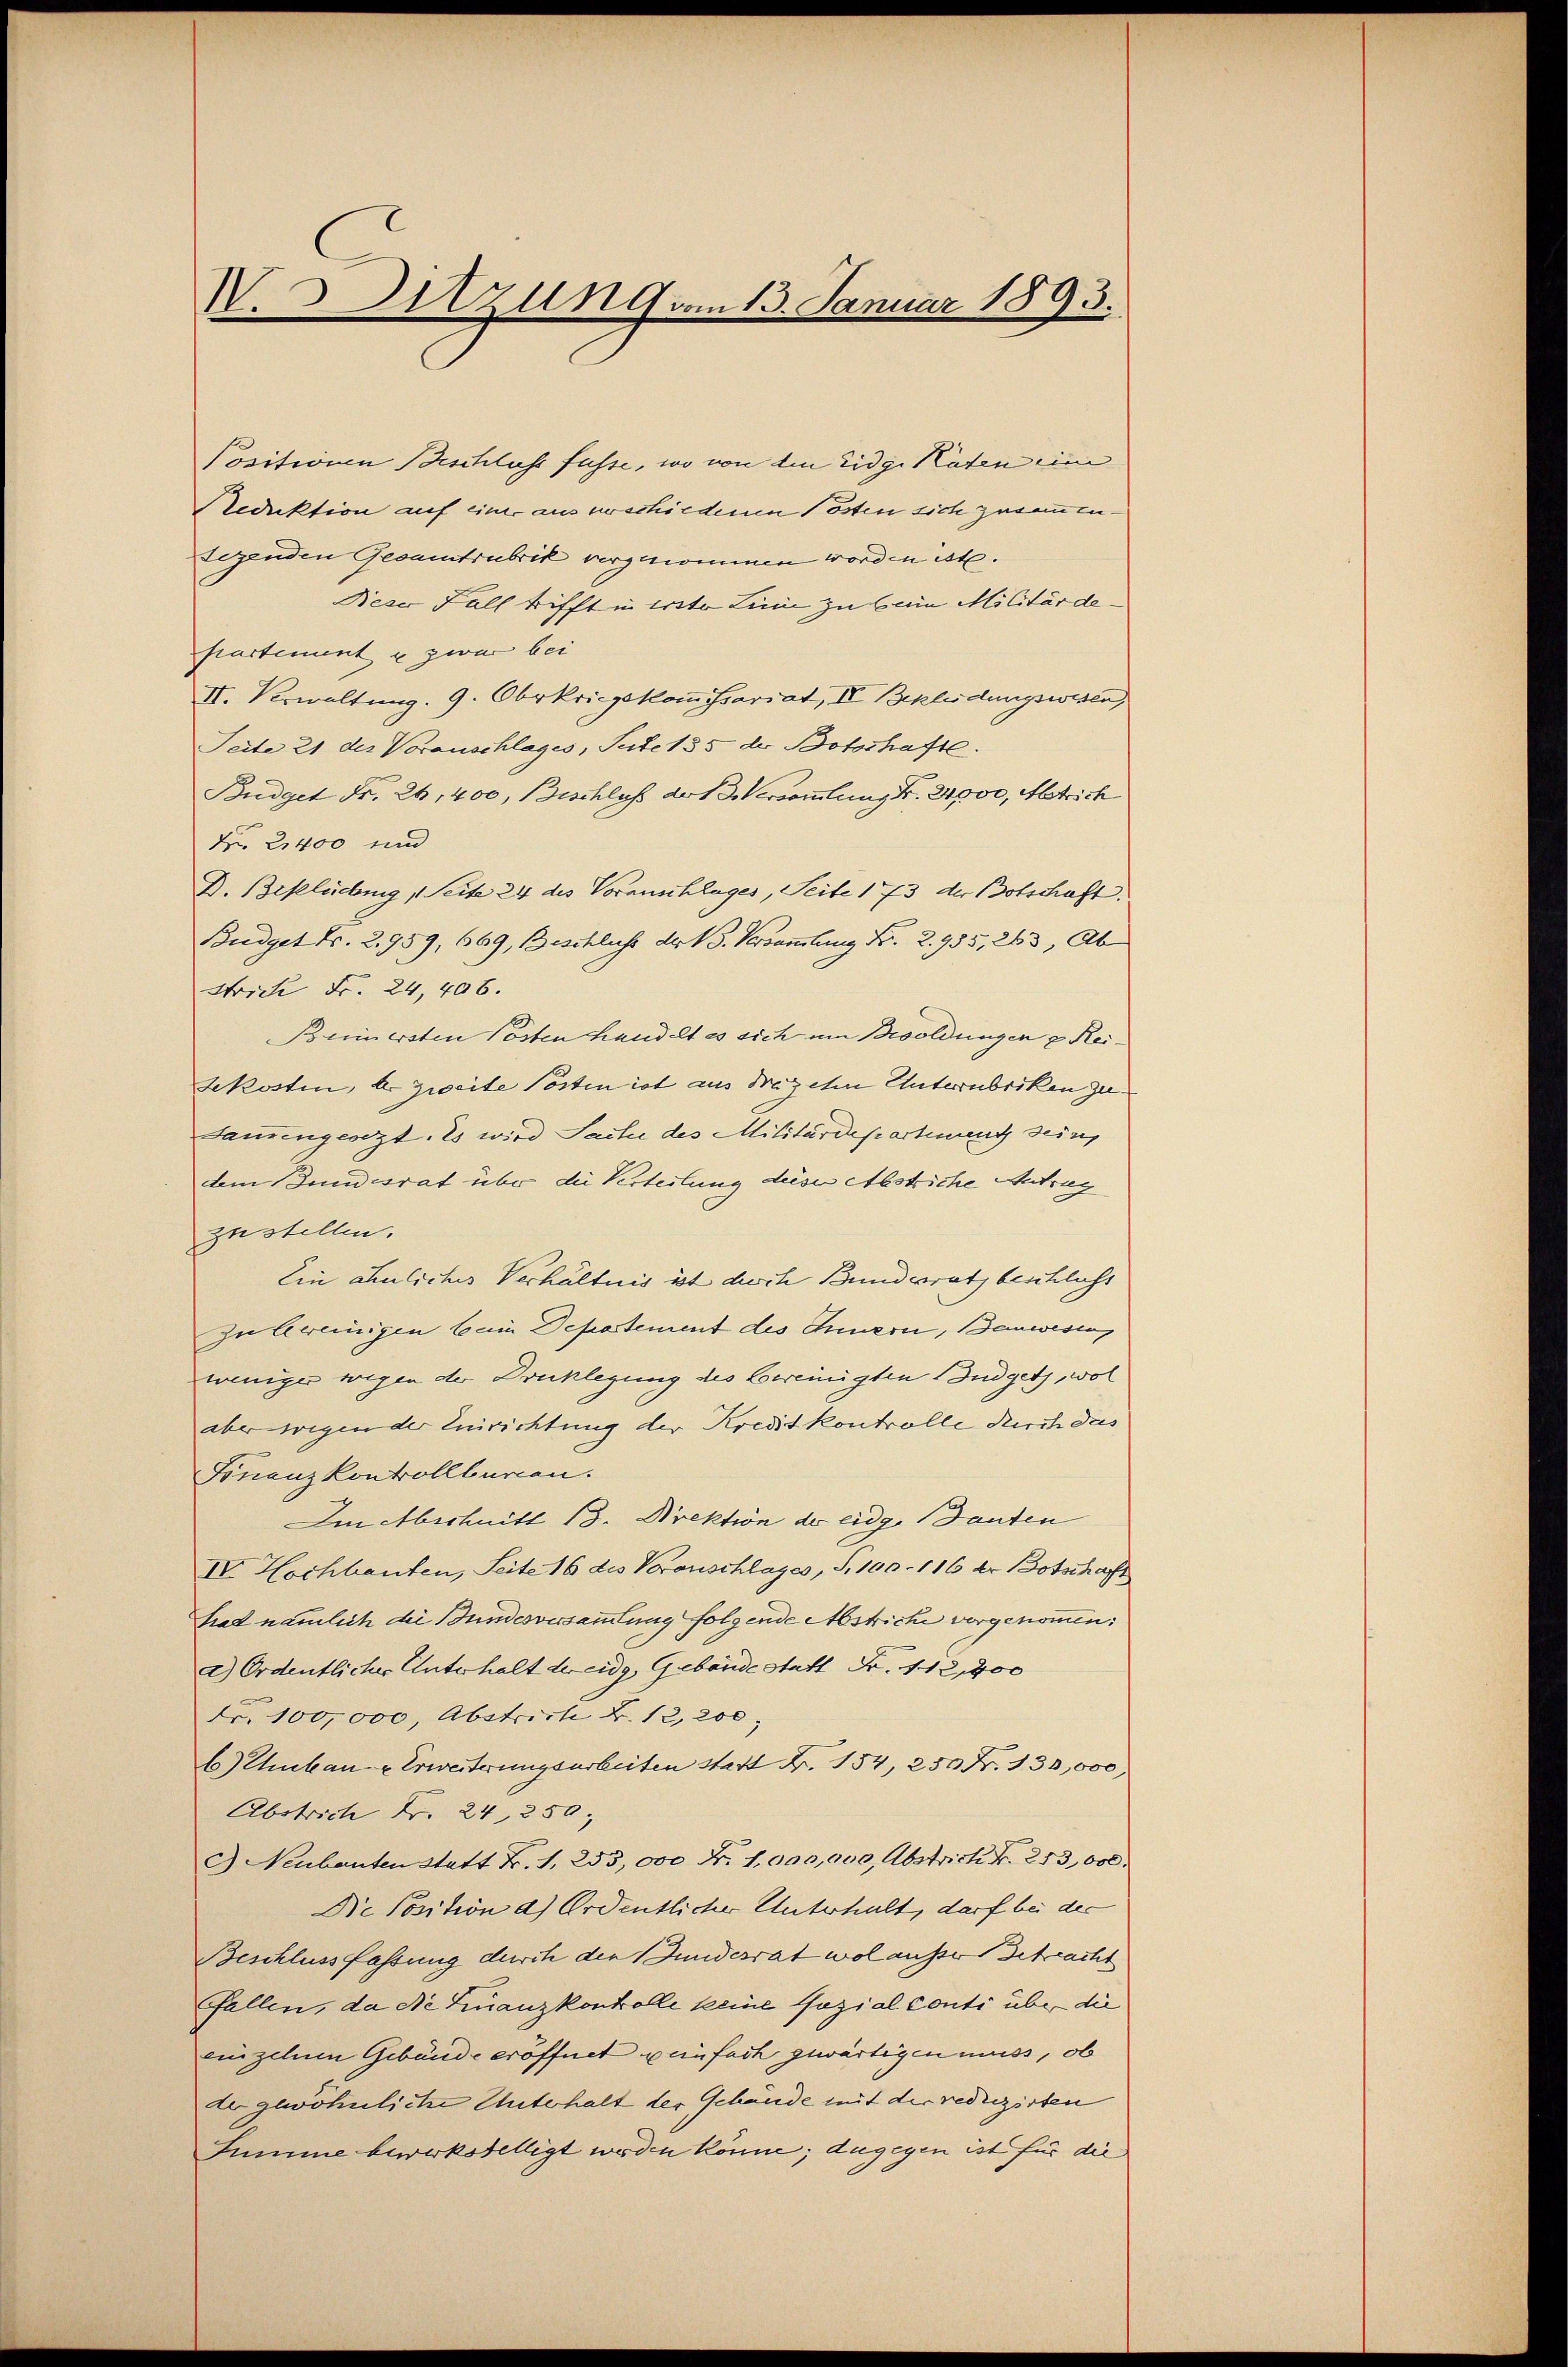
V.Sitzung vom 13. Januar 1893.

Positionen Beschluss fasse, wo von den Eidge Katen eine
Reduktion auf einer aus erschiedene Pösten sich zusammen.
Segenden Gesamtrubrik vergenommen worden ist.
Dieser Fall trifft in erste Linie zu beim Militärde
partement u zwar bei
II. Verwaltung. 9. Obrkriegskommissariat, II Bekleidungswesen,
Seite 21 der Voranschlages, Sutet § 5 der Botschafte.
Budget Fr. 26,400, Beschluß der 13 Versammlung Nr. 24,000, Antrich
Nr. 21400 und
D. Beklichung, Seite 24 des Voranschlages, Seite 1 73 der Botschaft.
Budget Fr. 2. 959, 669, Beschlichs der 3. Versammlung Fr. 2935, 263, Ab¬
Strich Fr. 24,406.
Bummersten Pösten handelt es sich um Besoldungen u Rei¬
Jekosten, b. Zweite Posten ist aus drazehen Unterzubriken zu¬
Samengesezt. Es wird Sache des Militärdepartieng sein
dem Bundesrat über die Verteilung deser Abstriche Antrag
zustellen.
Ein ähnliches Verhältnis ist disch Bundesrath beschlicht
zu bereinigen bein Departement des Innern, anwesens
weniger wegen der Drucklegung des bereinigten Budgets, wol
aber wegen der Einrichtung der Kreditkontrolle durch das
Finanzkontrollbaren.
Im Abschnitt 13. Direktion der eidg. Danten
IV. Hochbauten, Seite 16 des Veranschlages, S. 100-116 der Botschaft
had nämlich die Bundesversammlung folgende Abstriche vorgenommen:
a) Ordentlicher Unterhalt der eidg Gebäude statt Fr. 112,400
Fr. 100,000, Abstrich B. 12, 200
b) Chikane Erweiterungsarbeiten statt Nr. 154, 250 Fr. 130,000
Abstrich Fr. 24, 250;
c) Neubauten statt Fr. 1, 253,000 Fr. 1,000,000, Abstrich Fr. 253,000.
Die Position d.) Ordentlicher Unterhalt, darf bei der
Beschlussfassung durch den Bundesrat wol ausser Betracht
fallen, da die Finanzkonkolle keine Gozial conti über die
einzelnen Gebäude eröffnet weinfach gewärtigen muss, ob
de gewöhnliche Unterhalt der Gebäude mit der reduzirten
Summe bewirkstelligt werden könne; dagegen ist für die